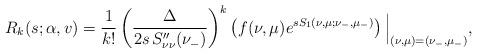
LaTeX: \begin{align*}R_k(s;\alpha,v)=\frac1{k!}\left(\frac{\Delta}{2s\,S_{\nu\nu}''(\nu_-)}\right)^k\left(f(\nu,\mu)e^{sS_1(\nu,\mu;\nu_-,\mu_-)}\right)\Big|_{(\nu,\mu)=(\nu_-,\mu_-)},\end{align*}